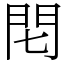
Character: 𨳍